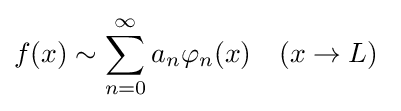
f(x)\sim \sum _{n=0}^{\infty }a_{n}\varphi _{n}(x)\quad (x\to L)\